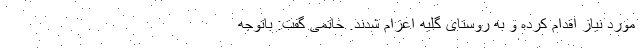
مورد نیاز اقدام کرده و به روستای گلیه اعزام شدند. خاتمی گفت: باتوجه